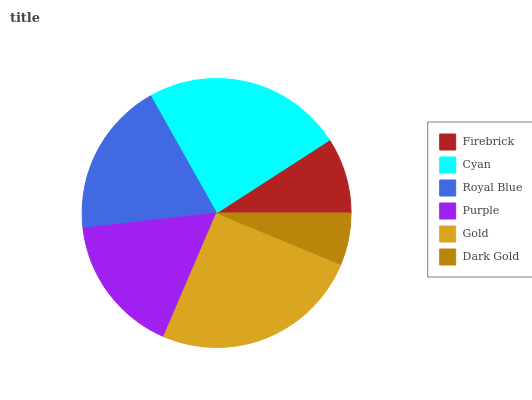
| Firebrick | Cyan | Royal Blue | Purple | Gold | Dark Gold |
 | --- | --- | --- | --- | --- | --- |
 | 9.13% | 24.1% | 18.6% | 16.7% | 25.2% | 6.25% |